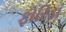
ફોરિડા